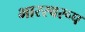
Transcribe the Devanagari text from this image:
भारस्वरूप